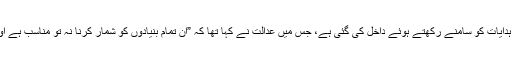
یہ کیوریٹیو پٹیشن روپا اشوک ہُرّا معاملے میں سپریم کورٹ کی جانب سے جاری کردہ ہدایات کو سامنے رکھتے ہوئے داخل کی گئی ہے، جس میں عدالت نے کہا تھا کہ ”ان تمام بنیادوں کو شمار کرنا نہ تو مناسب ہے اور نہ ہی ممکن، جن کو سامنے رکھتے ہوئے ایسی درخواستوں پر غور کیا جا سکتا ہے۔